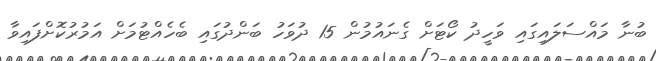
ބުނާ މައްސަލައިގައި ވަހީދު ކޯޓަށް ގެނައުމުން 15 ދުވަހު ބަންދުގައި ބެހެއްޓުމަށް އަމުރުކޮށްފައިވާ